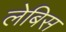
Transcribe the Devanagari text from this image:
लेबिस